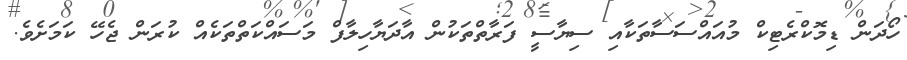
ހޯދަން ޑިމޮކްރެޓިކް މުއައްސަސާތަކާއި ސިޔާސީ ފަރާތްތަކުން އާދަޔާހިލާފް މަސައްކަތްތަކެއް ކުރަން ޖެހޭ ކަމަށެވެ.